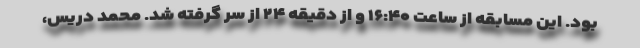
بود. این مسابقه از ساعت ۱۶:۴۰ و از دقیقه ۲۴ از سر گرفته شد. محمد دریس،